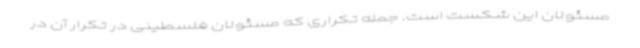
مسئولان این شکست است. جمله تکراری که مسئولان فلسطینی در تکرار آن در